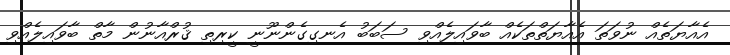
އެއާޔަތެއް ނުވަތަ އެއާޔަތްތަކެއް ބާވައިލެއްވި ސަބަބު އެނގިގެންނޫނީ ކީރިތި ޤުރްއާނުން މާތް ބާވައިލެއްވި